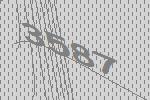
3587